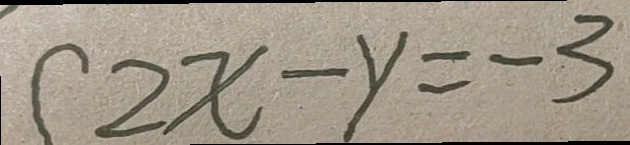
2 x - y = - 3